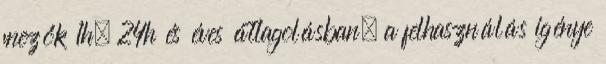
mezők 1h, 24h és éves átlagolásban, a felhasználás igénye